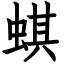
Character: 蜞